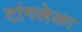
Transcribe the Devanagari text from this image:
टांगलेला